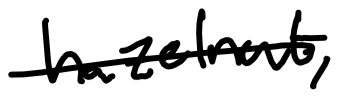
Text: hazelnut,
Cross-out: single-line
Writing tool: digital_black